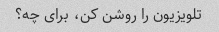
تلویزیون را روشن کن، برای چه؟